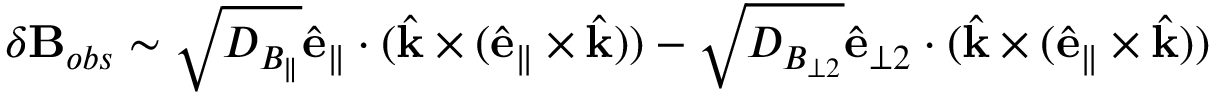
\delta \mathbf { B } _ { o b s } \sim \sqrt { D _ { B _ { \parallel } } } \hat { \mathbf { e } } _ { \parallel } \cdot ( \hat { \mathbf { k } } \times ( \hat { \mathbf { e } } _ { \parallel } \times \hat { \mathbf { k } } ) ) - \sqrt { D _ { B _ { \perp 2 } } } \hat { \mathbf { e } } _ { \perp 2 } \cdot ( \hat { \mathbf { k } } \times ( \hat { \mathbf { e } } _ { \parallel } \times \hat { \mathbf { k } } ) )